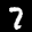
Label: 7